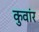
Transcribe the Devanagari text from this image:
कुवांर